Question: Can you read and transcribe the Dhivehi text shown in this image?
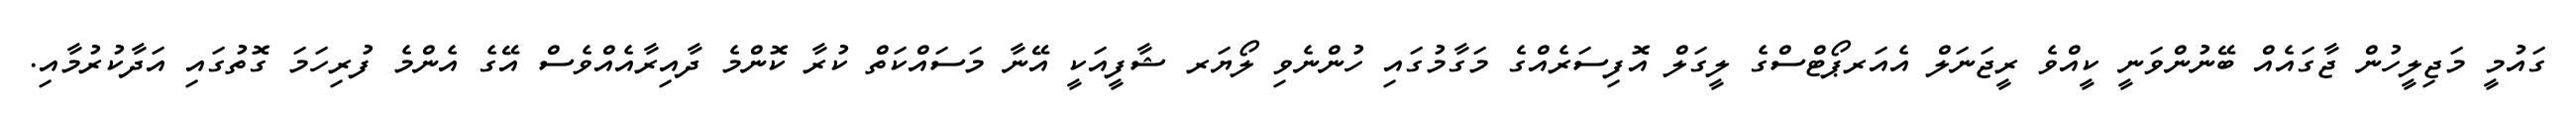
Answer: ގައުމީ މަޖިލީހުން ޖާގައެއް ބޭނުންވަނީ ކީއްވެ ރީޖަނަލް އެއަރޕޯޓްސްގެ ލީގަލް އޮފިސަރެއްގެ މަގާމުގައި ހުންނެވި ލޯޔަރ ޝާފީއަކީ އޭނާ މަސައްކަތް ކުރާ ކޮންމެ ދާއިރާއެއްވެސް އޭގެ އެންމެ ފުރިހަމަ ގޮތުގައި އަދާކުރުމާއި.